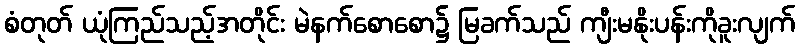
စံတုတ် ယုံကြည်သည့်အတိုင်း မဲနက်စောစော၌ မြခက်သည် ကျီးမနိုးပန်းကိုခူးလျက်